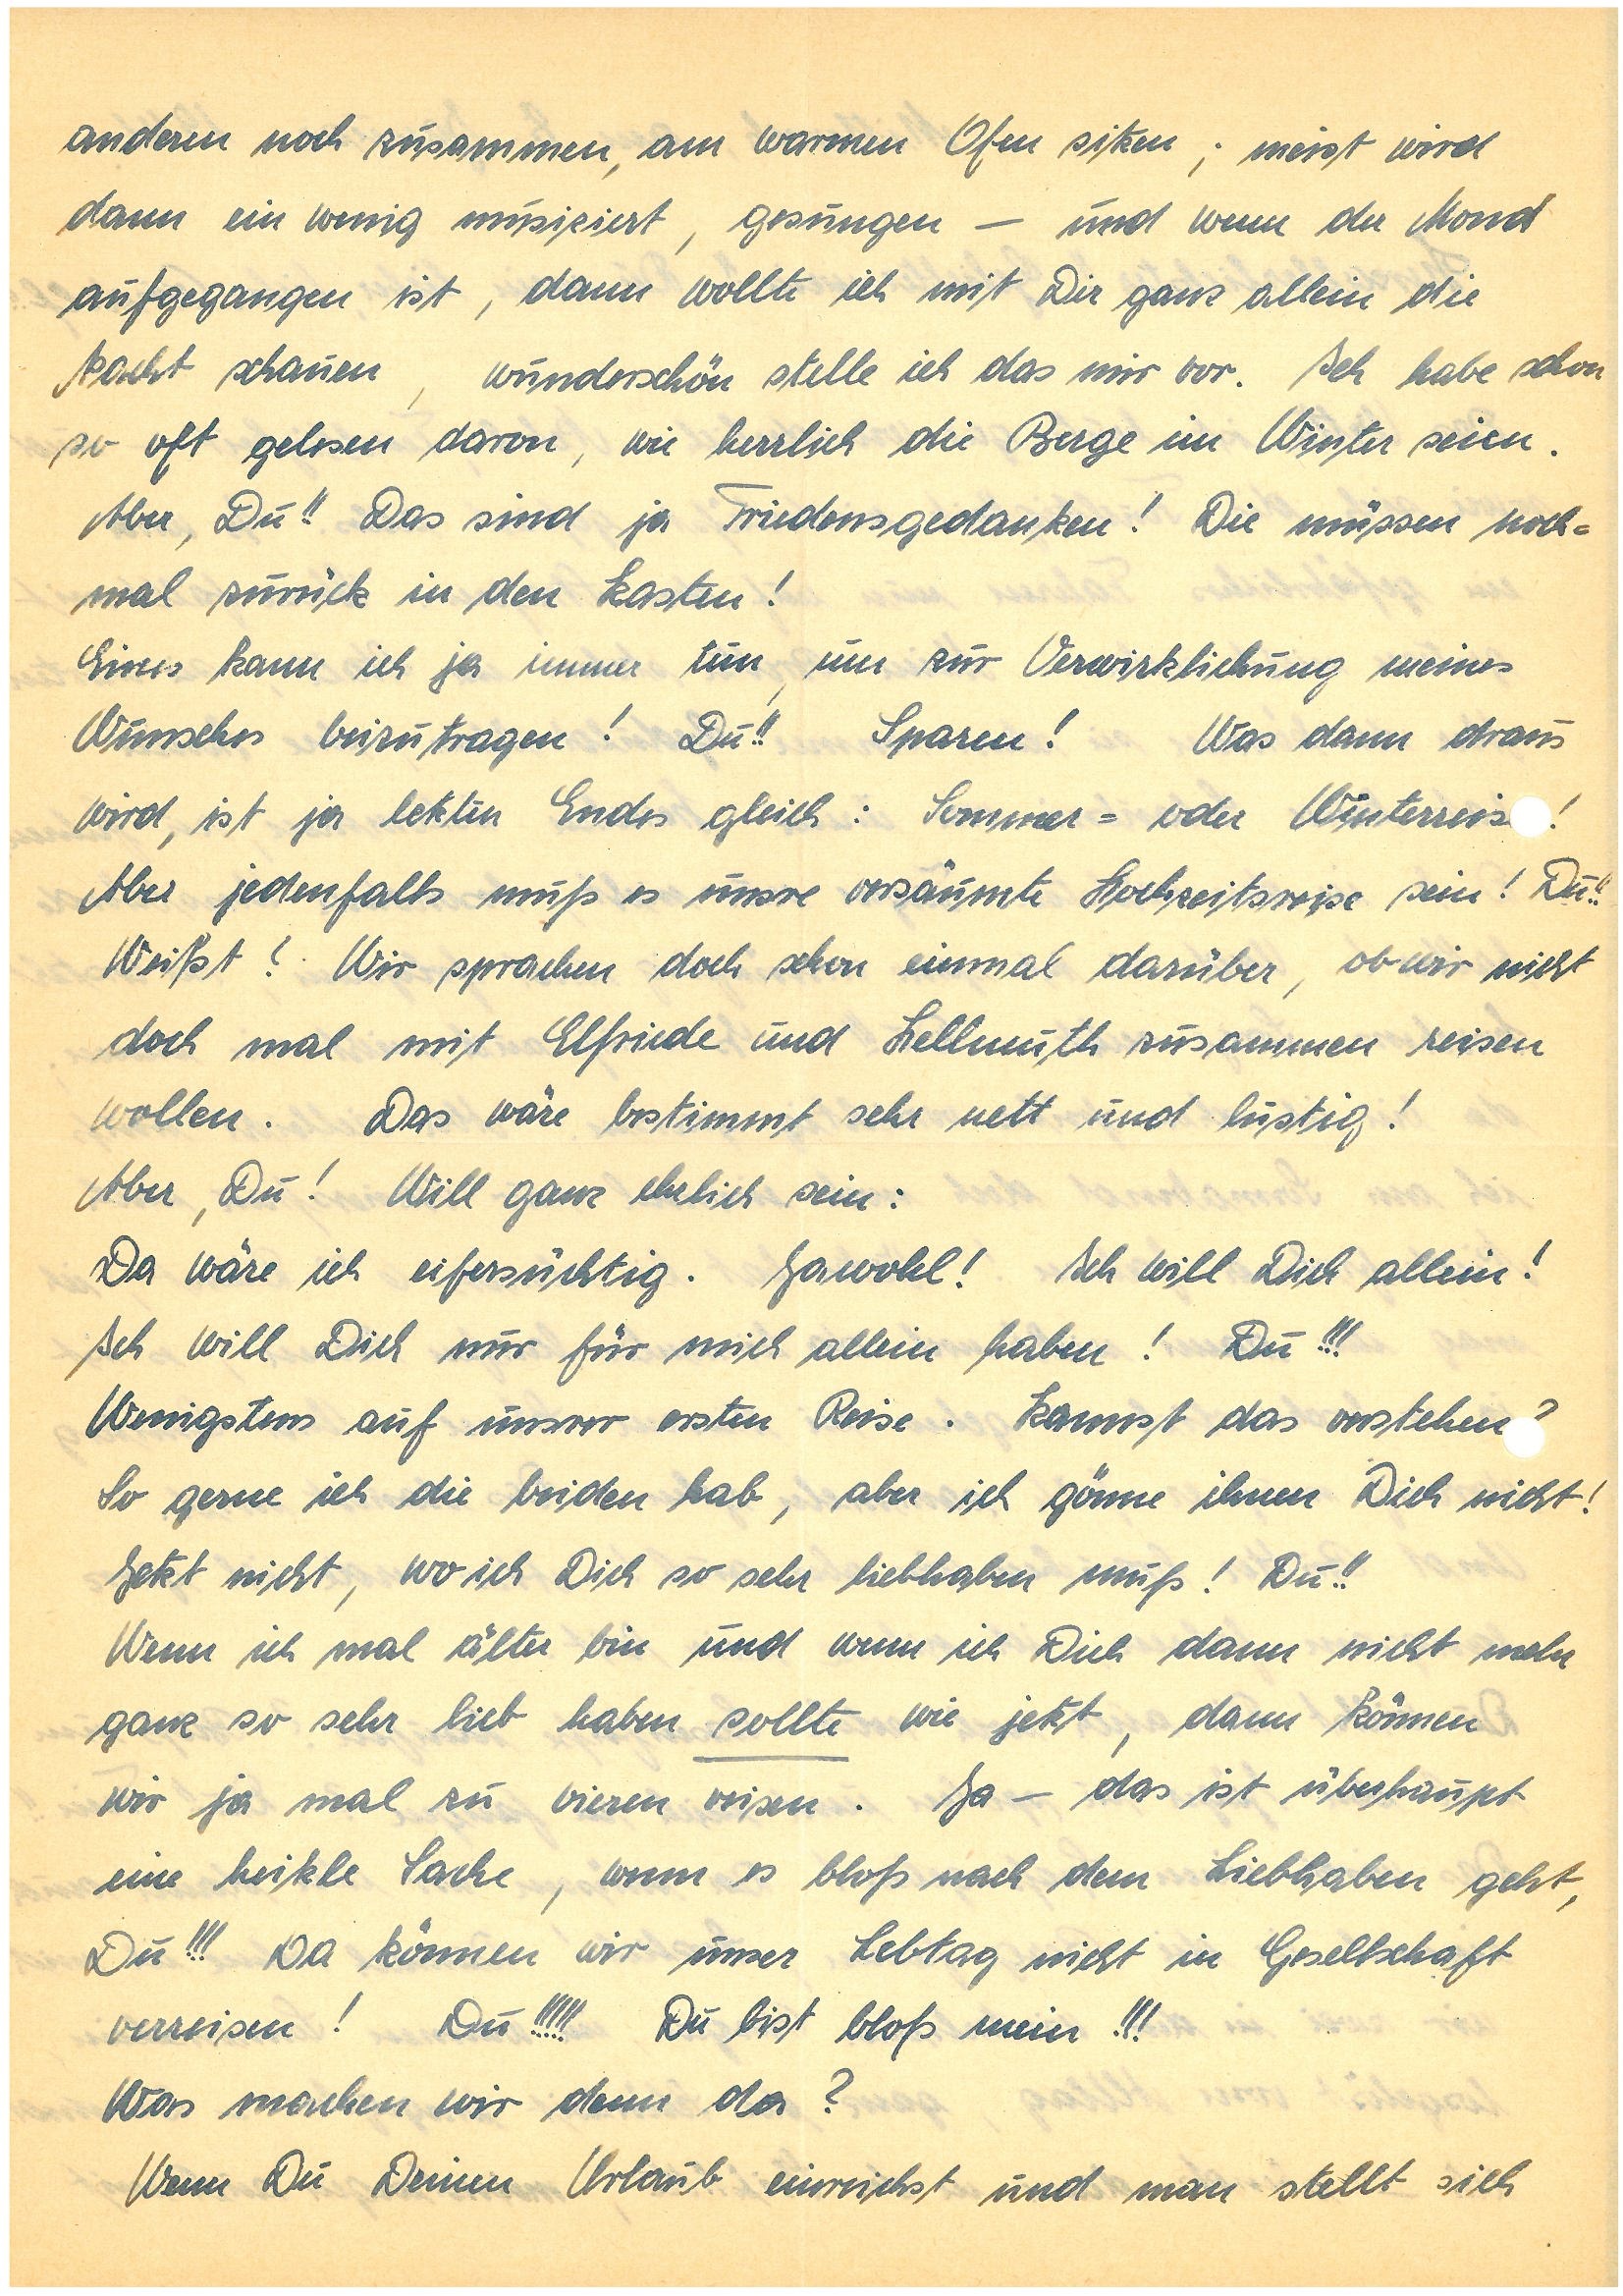
anderen noch zusammen, am warmen Ofen sitzen; meist wird
dann ein wenig musiziert, gesungen – und wenn der Mond
aufgegangen ist, dann wollte ich mit Dir ganz allein die
Nacht schauen, wunderschön stelle ich das mir vor. Ich habe schon
so oft gelesen davon, wie herrlich die Berge im Winter seien.
Aber, Du!! Das sind ja Friedensgedanken! Die müssen noch¬
mal zurück in den Kasten!
Eines kann ich ja immer tun, um zur Verwirklichung meines
Wunsches beizutragen! Du!! Sparen! Was dann draus
wird, ist ja letzten Endes gleich: Sommer- oder Winterreize!
Aber jedenfalls muß es unsre versäumte Hochzeitsreise sein! Du!!
Weißt? Wir sprachen doch schon einmal darüber, ob wir nicht
doch mal mit  E. und H. zusammen reisen
wollen. Das wäre bestimmt sehr nett und lustig!
Aber, Du! Will ganz ehrlich sein:
Da wäre ich eifersüchtig. Jawohl! Ich will Dich allein!
Ich will Dich nur für mich allein haben! Du!!!
Wenigstens auf unsrer ersten Reise. Kannst das verstehen?
So gerne ich die beiden hab, aber ich gönne ihnen Dich nicht!
Jetzt nicht, wo ich Dich so sehr liebhaben muß! Du!!
Wenn ich mal älter bin und wenn ich Dich dann nicht mehr
ganz so sehr lieb haben sollte wie jetzt, dann können
wir ja mal zu vieren reisen. Ja – das ist überhaupt
eine heikle Sache, wenn es bloß nach dem Liebhaben geht,
Du!!! Da können wir unser Lebtag nicht in Gesellschaft
verreisen! Du!!!!! Du bist bloß mein!!!
Was machen wir denn da?
Wenn Du Deinen Urlaub einreichst und man stellt sich